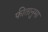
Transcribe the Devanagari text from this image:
फीतानुमा